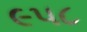
૯૫૮